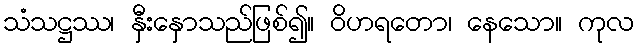
သံသဋ္ဌဿ၊ နှီးနှောသည်ဖြစ်၍။ ဝိဟရတော၊ နေသော။ ကုလ